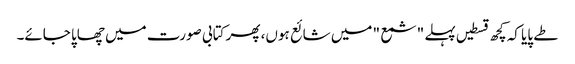
طے پایا کہ کچھ قسطیں پہلے "شمع " میں شائع ہوں، پھر کتابی صورت میں چھاپا جائے۔